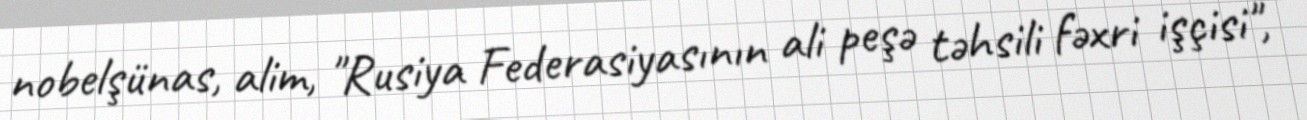
nobelşünas, alim, "Rusiya Federasiyasının ali peşə təhsili fəxri işçisi",